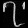
Digit: ၇